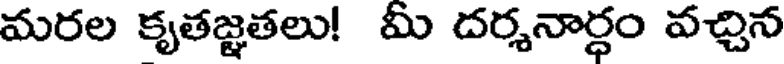
మరల కృతజ్ఞతలు! మీ దర్శనార్ధం వచ్చిన